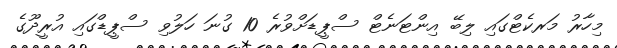
މިހާރު މަރކެޓްގައި ލިބޭ އިންޓަނެޓް ސްޕީޑަށްވުރެ 10 ގުނަ ހަލުވި ސްޕީޑްގައި އުރީދޫގެ